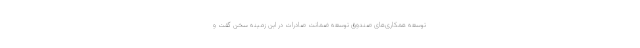
توسعه همکاری‌های صندوق توسعه ضمانت صادرات در این زمینه سخن گفت و